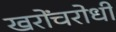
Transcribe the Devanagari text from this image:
खरोंचरोधी